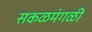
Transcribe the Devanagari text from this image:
सकळमंगळी